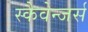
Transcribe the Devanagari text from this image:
स्कैवेन्जर्स